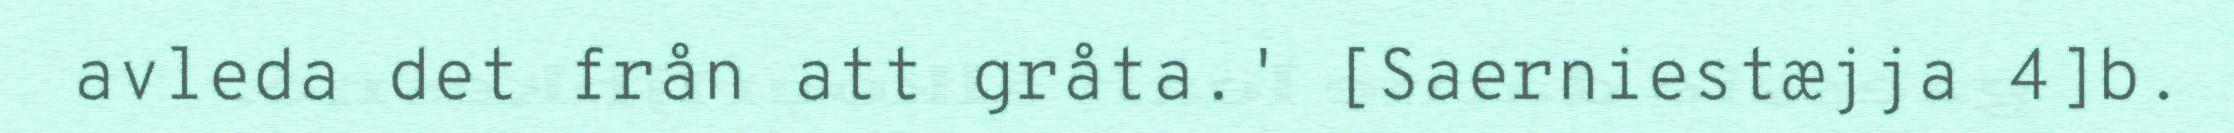
avleda det från att gråta.' [Saerniestæjja 4]b.